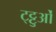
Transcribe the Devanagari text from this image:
ट्ट्टुओं